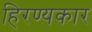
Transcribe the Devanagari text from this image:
हिरण्यकार